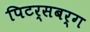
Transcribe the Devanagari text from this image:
पिटर्सबर्ग